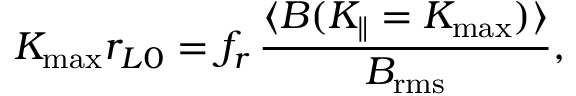
K _ { \mathrm { m a x } } r _ { L 0 } = f _ { r } \, \frac { \langle B ( K _ { \parallel } = K _ { \mathrm { m a x } } ) \rangle } { B _ { \mathrm { r m s } } } ,